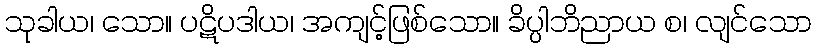
သုခါယ၊ သော။ ပဋိပဒါယ၊ အကျင့်ဖြစ်သော။ ခိပ္ပါဘိညာယ စ၊ လျင်သော